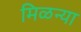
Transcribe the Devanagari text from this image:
मिळन्या